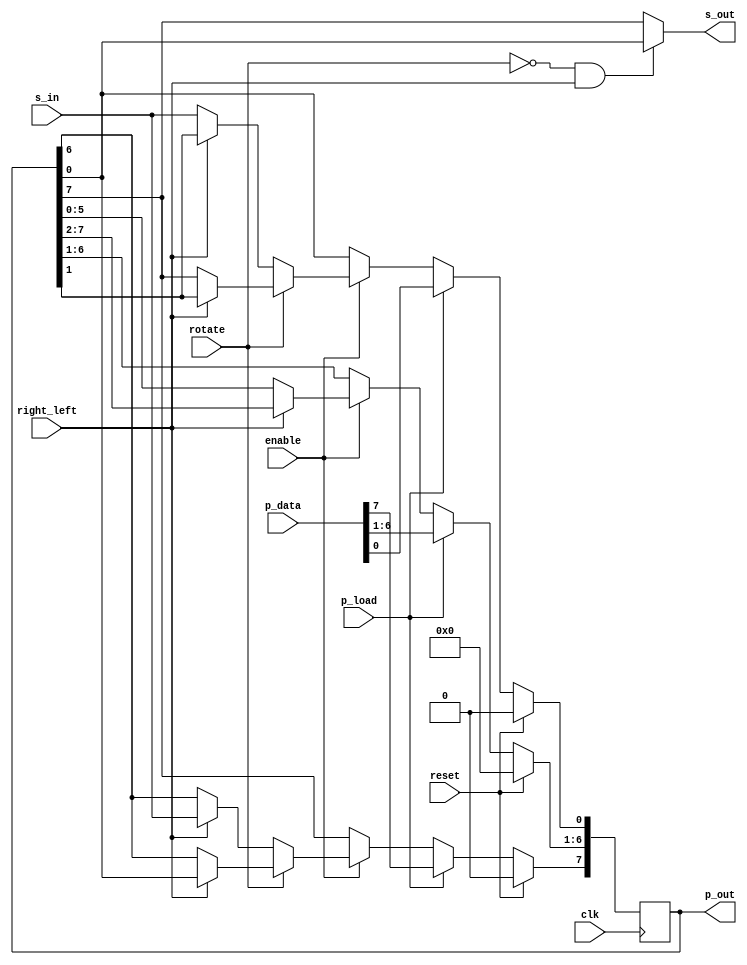
module multi_mode_shifter(
    input clk,
    input reset,
    input enable,
    input right_left,
    input rotate,
    input [7:0]p_data,
    input p_load,
	input s_in,
    output [7:0] p_out,
    output s_out
    );

    reg [7:0] temp;
    
    always@(posedge clk)
    begin
         
        if(reset)
          temp <= 0;
          
        else if(p_load)
          temp <= p_data;
          
        else if(enable)
          if(rotate)
            if(right_left)
               temp <= {temp[0],temp[7:1]}; //right_rotate
             else
               temp <= {temp[6:0],temp[7]}; //left_rotate
          else
            if(right_left)  //right_shift
               begin
               temp[6:0] <= temp[7:1]; 
                temp[7] <= s_in;
                end
             else           //left_shift
               begin
               temp[7:1] <= temp[6:0];
                temp[0] <= s_in;
                end
        else
          temp <= temp;	   
               
    end  

    /*
    always@(*)      //update_s_out
    begin
    
    if(~rotate)
      if(right_left)
        s_out = temp[0];
      else
        s_out = temp[7];
    else 
      s_out = s_out;
      
    end
    */
    
    assign s_out = (~rotate & right_left) ? temp[0] : temp[7]; // s = a?b:c  if a is true, s=b if  not s = c
    assign p_out = temp;

endmodule